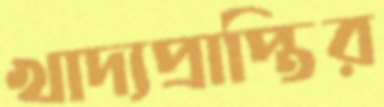
খাদ্যপ্রাপ্তির